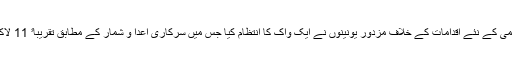
فرانس میں پنشن میں کمی کے نئے اقدامات کے خلاف مزدور یونینوں نے ایک واک کا انتظام کیا جس میں سرکاری اعدا و شمار کے مطابق تقریباﹰ 11 لاکھ افراد نے شرکت کی۔